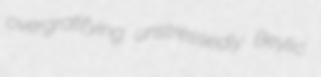
overgratifying unstressedly Beylic